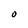
Character: O